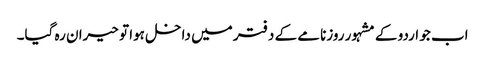
اب جو اردو کے مشہور روزنامے کے دفتر میں داخل ہوا تو حیران رہ گیا۔